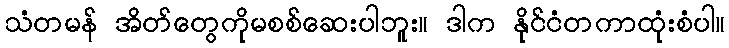
သံတမန် အိတ်တွေကိုမစစ်ဆေးပါဘူး။ ဒါက နိုင်ငံတကာထုံးစံပါ။